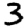
Digit: 3